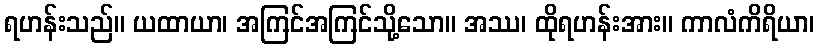
ရဟန်းသည်။ ယထာယာ၊ အကြင်အကြင်သို့သော။ အဿ၊ ထိုရဟန်းအား။ ကာလံကိရိယာ၊